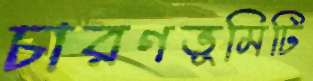
চারণভূমিটি